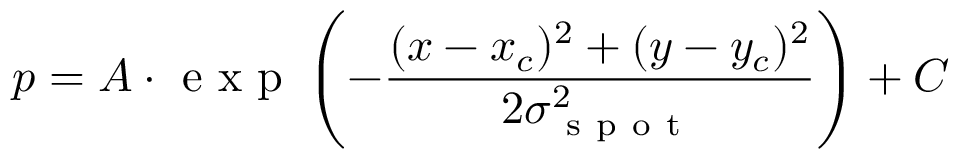
p = A \cdot \mathrm { ~ e ~ x ~ p ~ } \left( - \frac { ( x - x _ { c } ) ^ { 2 } + ( y - y _ { c } ) ^ { 2 } } { 2 \sigma _ { \mathrm { ~ s ~ p ~ o ~ t ~ } } ^ { 2 } } \right) + C